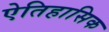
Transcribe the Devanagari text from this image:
ऐतिहासिक